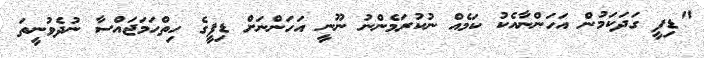
"ޑިފީ ގަދަކަމުން އަހަންނާއެކު ކަމެއް ނުކުރަމެންނު ނޫނީ އަހަންނަށް ޑިފީގެ ހިތްހަމަޖައްސާ ނުދެވުނީތަ